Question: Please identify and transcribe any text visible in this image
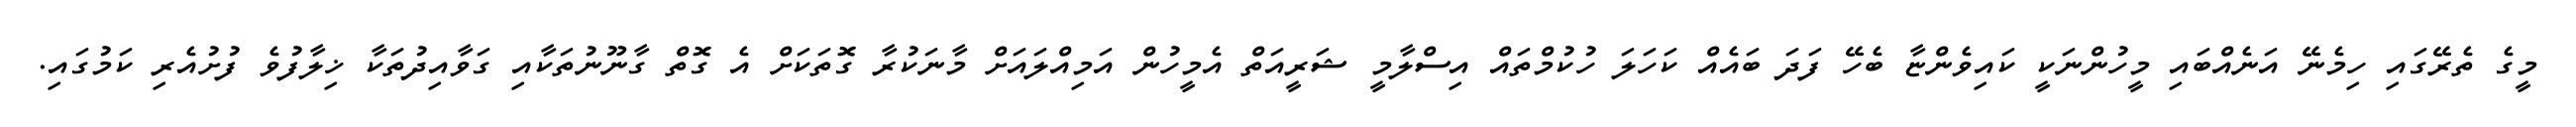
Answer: މީގެ ތެރޭގައި ހިމެނޭ އަނެއްބައި މީހުންނަކީ ކައިވެންޏާ ބެހޭ ފަދަ ބައެއް ކަހަލަ ހުކުމްތައް އިސްލާމީ ޝަރީއަތް އެމީހުން އަމިއްލައަށް މާނަކުރާ ގޮތަކަށް އެ ގޮތް ގާނޫނުތަކާއި ގަވާއިދުތަކާ ޚިލާފުވެ ފުށުއެރި ކަމުގައި.